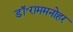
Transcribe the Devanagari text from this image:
डॉ॰राममनोहर